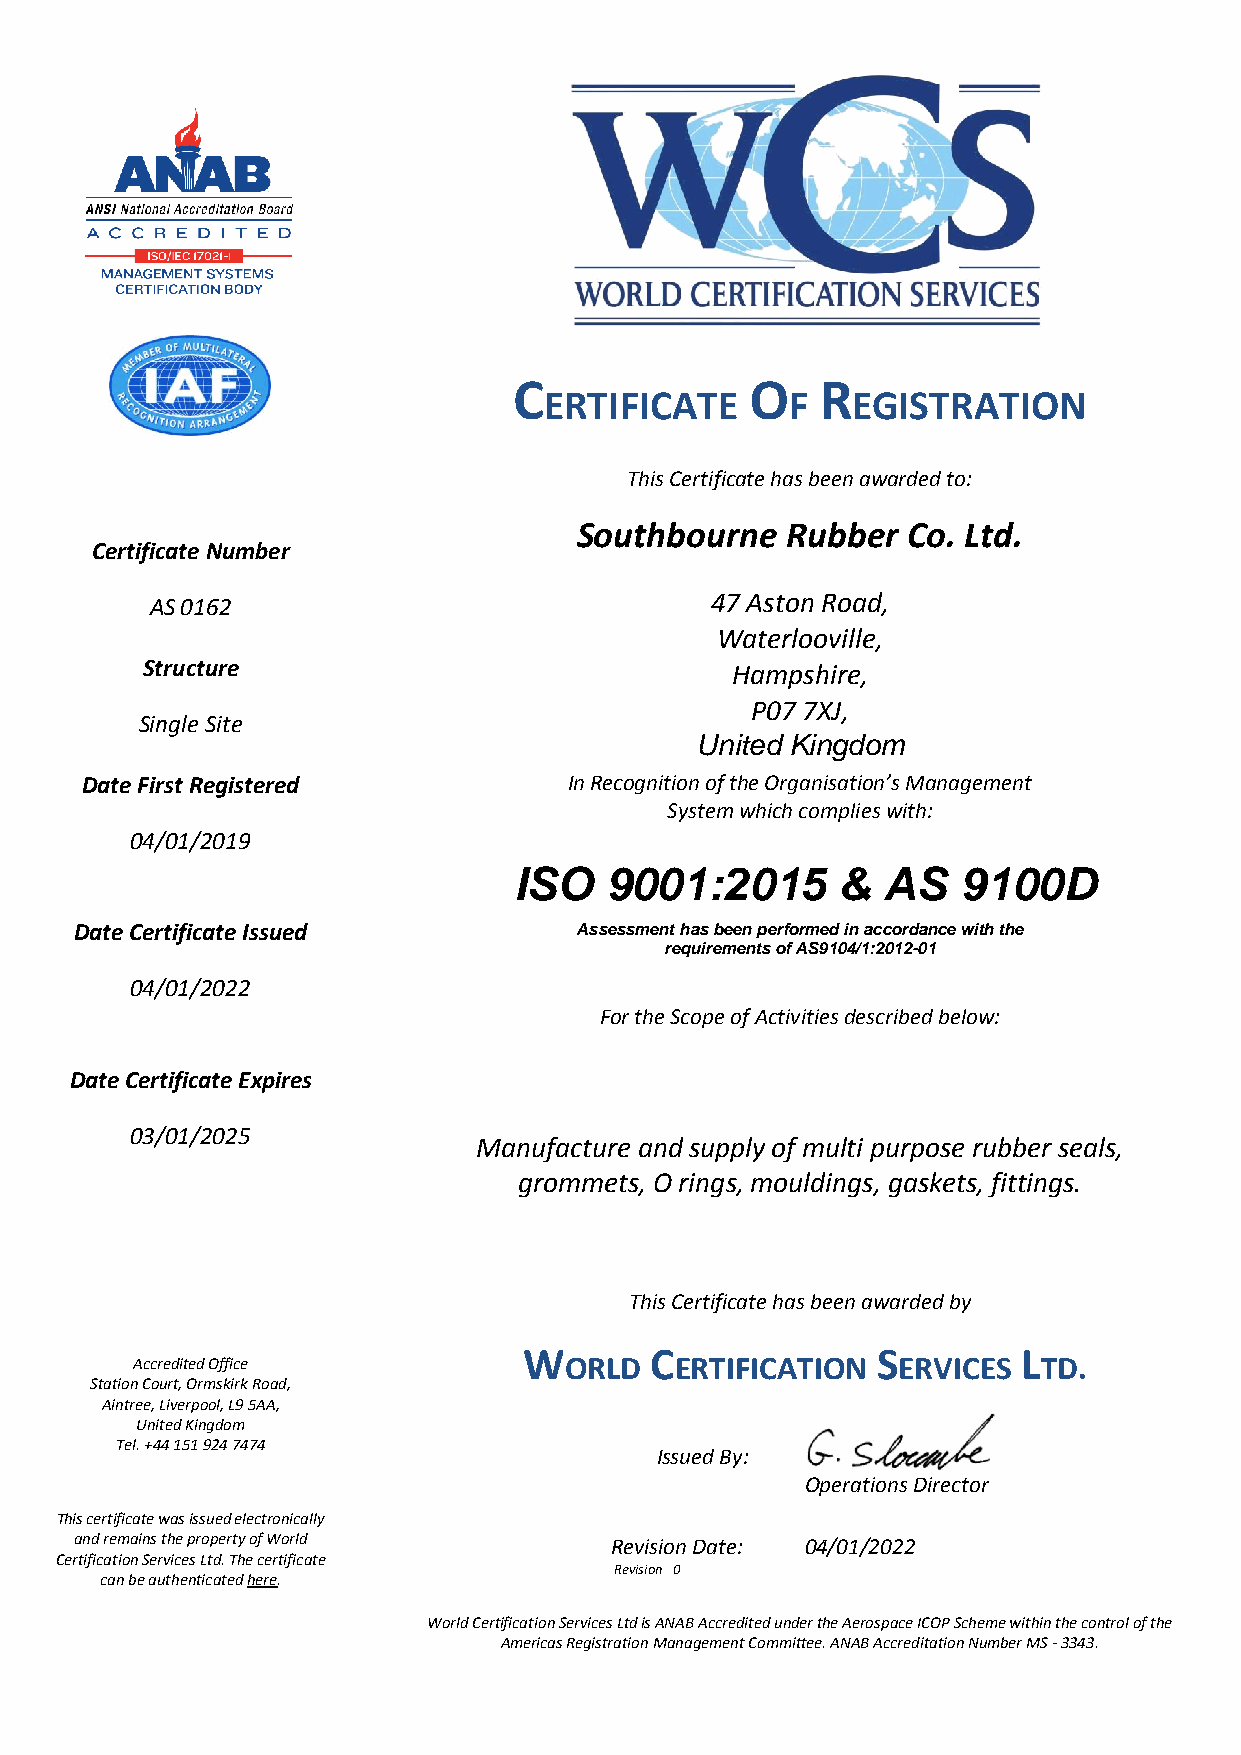
C
 ERTIFICATE
 O
 F
 R
 EGISTRATION
 This Certificate has been awarded to:
 Southbourne   Rubber  Co. Ltd.
 Certificate Number
 AS 0162                              47 Aston Road,
 Waterlooville,
 Structure                              Hampshire,
 P07 7XJ,
 Single Site
 United Kingdom
 Date First Registered            In Recognition of the Organisation’s Management
 System which complies with:
 04/01/2019
 ISO   9001:2015      &   AS   9100D
 Date Certificate Issued          Assessment has been performed in accordan ce with the
 requirements of AS9104/1:2012-01
 04/01/2022
 For the Scope of Activities described below:
 Date Certificate Expires
 03/01/2025
 Manufacture and supply of multi purpose rubber seals,
 grommets, O rings, mouldings, gaskets, fittings.
 This Certificate has been awarded by
 W       C              S         L
 Accredited Office           ORLD    ERTIFICATION  ERVICES   TD.
 Station Court, Ormskirk Road,
 Aintree, Liverpool, L9 5AA,
 United Kingdom
 Tel. +44 151 924 7474
 Issued By:
 Operations Director
 This certificate was issued electronically
 and remains the property of World  Revision Date: 04/01/2022
 Certification Services Ltd. The certificate
 Revision 0
 can be authenticated here.
 World Certification Services Ltd is ANAB Accredited under the Aerospace ICOP Scheme within the control of the
 Americas Registration Management Committee. ANAB Accreditation Number MS - 3343.